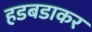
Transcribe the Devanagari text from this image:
हडबडाकर